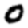
Digit: 0